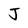
Character: J